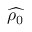
\widehat { \rho _ { 0 } }